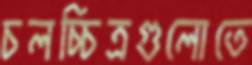
চলচ্চিত্রগুলোতে